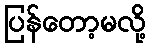
ပြန်တော့မလို့